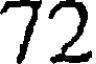
72